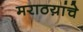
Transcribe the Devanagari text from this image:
मराठय़ांचे